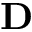
\mathbf { D }